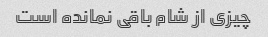
چیزی از شام باقی نمانده است